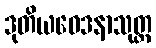
ဒုတိယဝေဒနာသုတ္တ